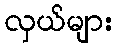
လှယ်များ